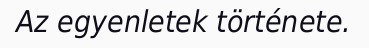
Az egyenletek története.